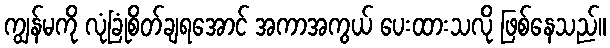
ကျွန်မကို လုံခြုံစိတ်ချရအောင် အကာအကွယ် ပေးထားသလို ဖြစ်နေသည်။